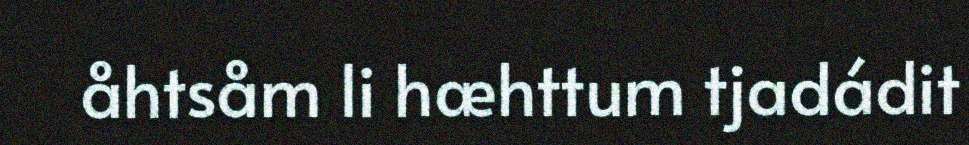
åhtsåm li hæhttum tjadádit